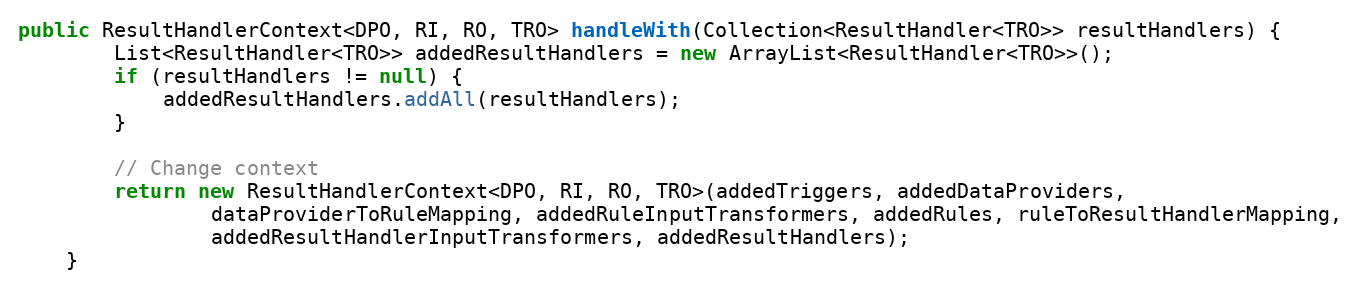
Language: Java
public ResultHandlerContext<DPO, RI, RO, TRO> handleWith(Collection<ResultHandler<TRO>> resultHandlers) {
        List<ResultHandler<TRO>> addedResultHandlers = new ArrayList<ResultHandler<TRO>>();
        if (resultHandlers != null) {
            addedResultHandlers.addAll(resultHandlers);
        }

        // Change context
        return new ResultHandlerContext<DPO, RI, RO, TRO>(addedTriggers, addedDataProviders,
                dataProviderToRuleMapping, addedRuleInputTransformers, addedRules, ruleToResultHandlerMapping,
                addedResultHandlerInputTransformers, addedResultHandlers);
    }